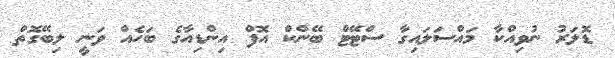
ޑޮލަރު ނުވިއްކާ މައްސަލައިގާ ސްޓޭޓް ބޭންކް އޮފް އިންޑިއާގެ ބަހެއް ވަނީ ލިބޭގޮތް